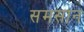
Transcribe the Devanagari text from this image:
समसान